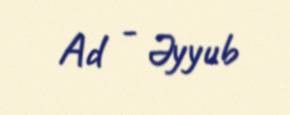
Ad - Əyyub